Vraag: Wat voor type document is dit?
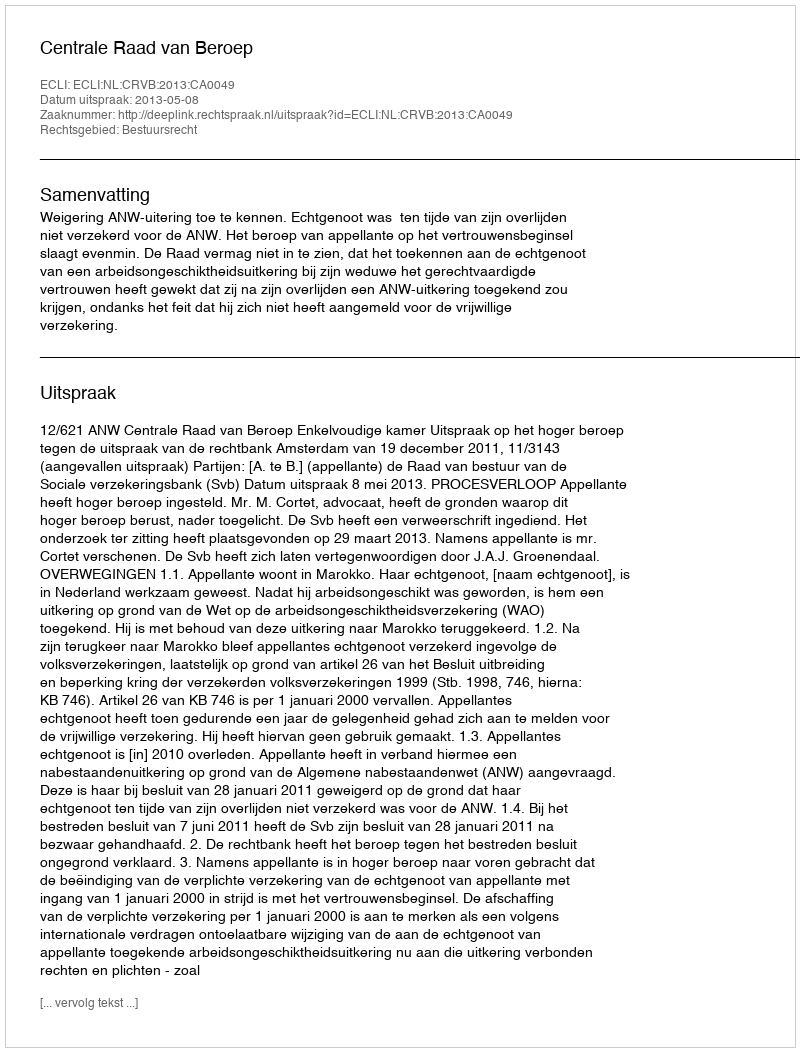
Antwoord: Uitspraak